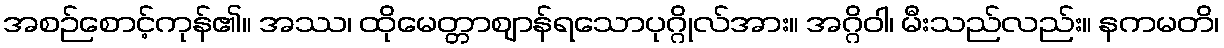
အစဉ်စောင့်ကုန်၏။ အဿ၊ ထိုမေတ္တာဈာန်ရသောပုဂ္ဂိုလ်အား။ အဂ္ဂိဝါ၊ မီးသည်လည်း။ နကမတိ၊